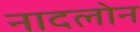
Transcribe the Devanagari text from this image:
नादलोन